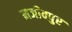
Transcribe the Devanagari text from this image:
मजीवपुर